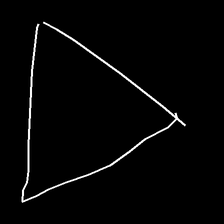
Glyph: convergence